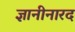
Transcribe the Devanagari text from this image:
ज्ञानीनारद